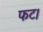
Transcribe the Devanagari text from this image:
फट।